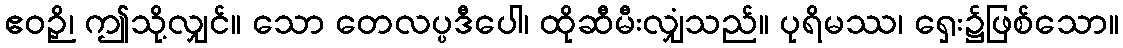
ဧဝဉှိ၊ ဤသို့လျှင်။ သော တေလပ္ပဒီပေါ၊ ထိုဆီမီးလျှံသည်။ ပုရိမဿ၊ ရှေး၌ဖြစ်သော။